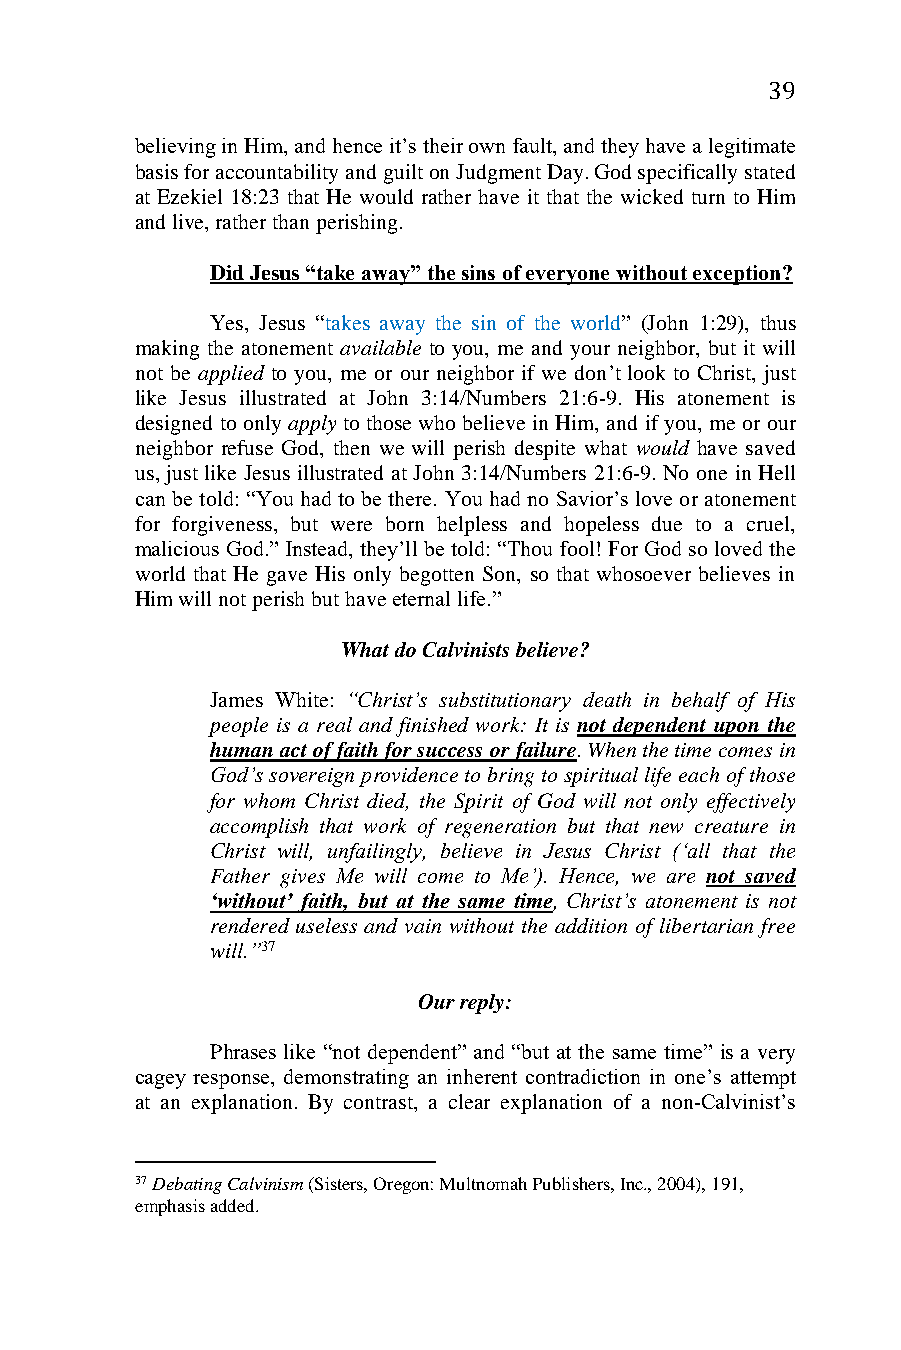
39
 believing in Him, and hence it’s their own fault, and they have a legitimate
 basis for accountability and guilt on Judgment Day. God specifically stated
 at Ezekiel 18:23 that He would rather have it that the wicked turn to Him
 and live, rather than perishing.
 Did Jesus “take away” the sins of everyone without exception?
 Yes, Jesus “takes away the sin of the world” (John 1:29), thus
 making the atonement available to you, me and your neighbor, but it will
 not be applied to you, me or our neighbor if we don’t look to Christ, just
 like Jesus illustrated at John 3:14/Numbers 21:6-9. His atonement is
 designed to only apply to those who believe in Him, and if you, me or our
 neighbor refuse God, then we will perish despite what would have saved
 us, just like Jesus illustrated at John 3:14/Numbers 21:6-9. No one in Hell
 can be told: “You had to be there. You had no Savior’s love or atonement
 for forgiveness, but were born helpless and hopeless due to a cruel,
 malicious God.” Instead, they’ll be told: “Thou fool! For God so loved the
 world that He gave His only begotten Son, so that whosoever believes in
 Him will not perish but have eternal life.”
 What do Calvinists believe?
 James White: “Christ’s substitutionary death in behalf of His
 people is a real and finished work: It is not dependent upon the
 human act of faith for success or failure. When the time comes in
 God’s sovereign providence to bring to spiritual life each of those
 for whom Christ died, the Spirit of God will not only effectively
 accomplish that work of regeneration but that new creature in
 Christ will, unfailingly, believe in Jesus Christ (‘all that the
 Father gives Me will come to Me’). Hence, we are not saved
 ‘without’ faith, but at the same time, Christ’s atonement is not
 rendered useless and vain without the addition of libertarian free
 will.”37
 Our reply:
 Phrases like “not dependent” and “but at the same time” is a very
 cagey response, demonstrating an inherent contradiction in one’s attempt
 at an explanation. By contrast, a clear explanation of a non-Calvinist’s
 37 Debating Calvinism (Sisters, Oregon: Multnomah Publishers, Inc., 2004), 191,
 emphasis added.